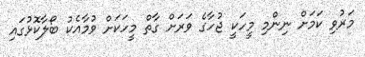
މަރުވި ކަމަށް ނިންމި މީހަކީ ޖުހާގެ ވަރަށް ގާތް މީހަކަށް ވުމާއެކު ބޯލާކޮޅުގައި